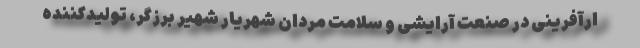
ارآفرینی در صنعت آرایشی و سلامت مردان شهریار شهیر برزگر، تولیدکننده